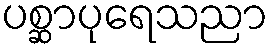
ပစ္ဆာပုရေသညာ